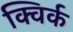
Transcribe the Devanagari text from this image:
क्विर्क